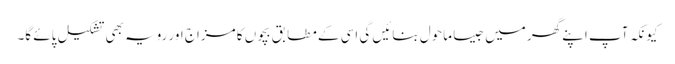
کیونکہ آپ اپنے گھر میں جیسا ماحول بنائیں گی اسی کے مطابق بچوں کا مزاج اور رویہ بھی تشکیل پائے گا۔